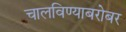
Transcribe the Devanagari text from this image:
चालविण्याबरोबर